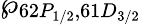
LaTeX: \wp_{62P_{1/2},61D_{3/2}}